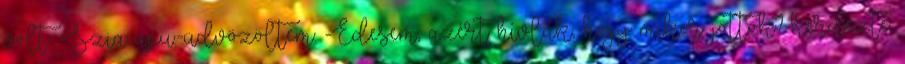
volt. -Szia apu.-üdvözöltem. -Édesem, azért hívlak, hogy mikor jöttök?-kérdezte.